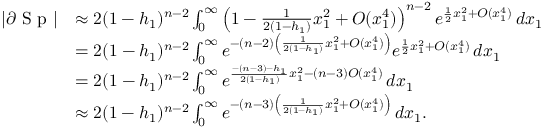
\begin{array} { r l } { | \partial \textup { S p } | } & { \approx 2 ( 1 - h _ { 1 } ) ^ { n - 2 } \int _ { 0 } ^ { \infty } \left( 1 - \frac 1 { 2 ( 1 - h _ { 1 } ) } x _ { 1 } ^ { 2 } + O ( x _ { 1 } ^ { 4 } ) \right) ^ { n - 2 } e ^ { \frac { 1 } { 2 } x _ { 1 } ^ { 2 } + O ( x _ { 1 } ^ { 4 } ) } \, d x _ { 1 } } \\ & { = 2 ( 1 - h _ { 1 } ) ^ { n - 2 } \int _ { 0 } ^ { \infty } e ^ { - ( n - 2 ) \left( \frac 1 { 2 ( 1 - h _ { 1 } ) } x _ { 1 } ^ { 2 } + O ( x _ { 1 } ^ { 4 } ) \right) } e ^ { \frac { 1 } { 2 } x _ { 1 } ^ { 2 } + O ( x _ { 1 } ^ { 4 } ) } \, d x _ { 1 } } \\ & { = 2 ( 1 - h _ { 1 } ) ^ { n - 2 } \int _ { 0 } ^ { \infty } e ^ { \frac { - ( n - 3 ) - h _ { 1 } } { 2 ( 1 - h _ { 1 } ) } x _ { 1 } ^ { 2 } - ( n - 3 ) O ( x _ { 1 } ^ { 4 } ) } \, d x _ { 1 } } \\ & { \approx 2 ( 1 - h _ { 1 } ) ^ { n - 2 } \int _ { 0 } ^ { \infty } e ^ { - ( n - 3 ) \left( \frac 1 { 2 ( 1 - h _ { 1 } ) } x _ { 1 } ^ { 2 } + O ( x _ { 1 } ^ { 4 } ) \right) } \, d x _ { 1 } . } \end{array}